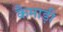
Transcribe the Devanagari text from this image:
कैमाड़ी